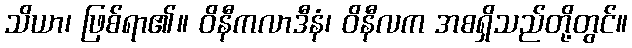
သိယာ၊ ဖြစ်ရာ၏။ ဝိနီကလာဒီနံ၊ ဝိနီလက အစရှိသည်တို့တွင်။